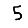
Digit: 5